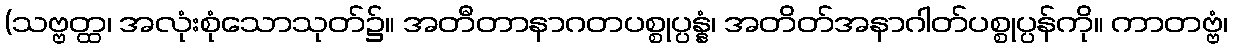
(သဗ္ဗတ္ထ၊ အလုံးစုံသောသုတ်၌။ အတီတာနာဂတပစ္စုပ္ပန္နံ၊ အတိတ်အနာဂါတ်ပစ္စုပ္ပန်ကို။ ကာတဗ္ဗံ၊